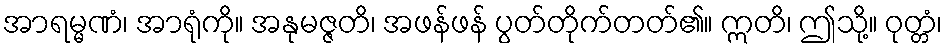
အာရမ္မဏံ၊ အာရုံကို။ အနုမဇ္ဇတိ၊ အဖန်ဖန် ပွတ်တိုက်တတ်၏။ ဣတိ၊ ဤသို့။ ဝုတ္တံ၊